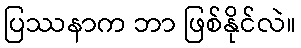
ပြဿနာက ဘာ ဖြစ်နိုင်လဲ။